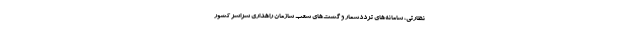
نظارتی، سامانه‌های ترددشمار و گشت‌های شعب سازمان راهداری سراسر کشور